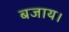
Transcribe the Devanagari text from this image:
बजाय।